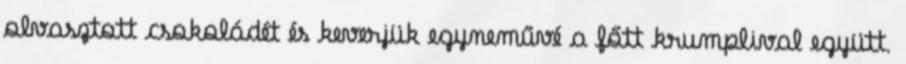
olvasztott csokoládét és keverjük egyneművé a főtt krumplival együtt.